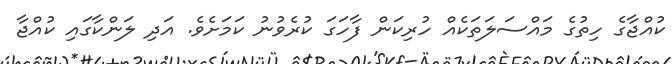
ކުއްޖާގެ ހިތުގެ މައްސަލަތަކެއް ހުރިކަން ފާހަގަ ކުރެވުނު ކަމަށެވެ. އަދި ލަންކާގައި ކުއްޖާ